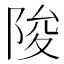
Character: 陖